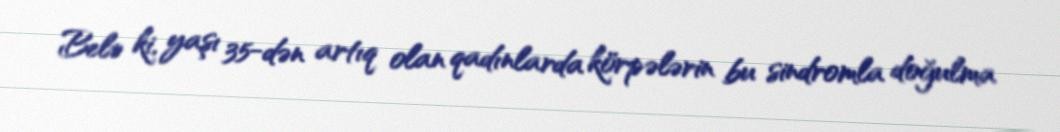
Belə ki, yaşı 35-dən artıq olan qadınlarda körpələrin bu sindromla doğulma